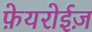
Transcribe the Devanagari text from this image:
फ़ेयरोईज़